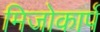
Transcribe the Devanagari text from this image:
मिजोकार्प